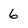
Character: 6